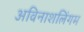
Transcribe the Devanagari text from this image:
अविनाशलिंगम